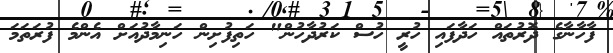
ފާހާނާގެ ދޮރުތައް ހަދާފައި ހުރީ ހުސް ކަރުދާހުން" ހަތިފުށިން ހަނިމާދުއަށް އެންމެ ފުރަތަމަ